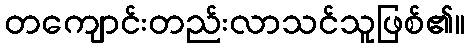
တကျောင်းတည်းလာသင်သူဖြစ်၏။